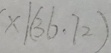
x \vert ( 3 6 \cdot 7 2 )